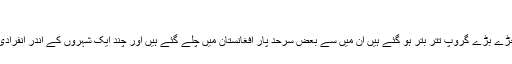
"
انہوں نے کہا کہ کالعدم تحریک طالبان کے ساتھ جڑے بڑے گروپ تتر بتر ہو گئے ہیں ان میں سے بعض سرحد پار افغانستان میں چلے گئے ہیں اور چند ایک شہروں کے اندر انفرادی سطح پر دہشتگردی کی کاروائیوں میں ملوث ہیں۔